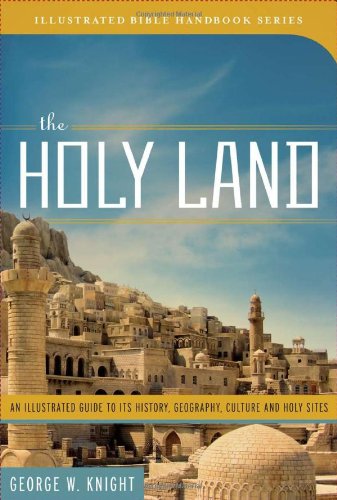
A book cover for The Holy Land (Illustrated Bible Handbook Series); George W. Knight; Travel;